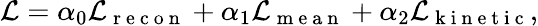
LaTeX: \mathcal{L}=\alpha_{0}\mathcal{L}_{\mathrm{~r~e~c~o~n~}}+\alpha_{1}\mathcal{L}_{\mathrm{~m~e~a~n~}}+\alpha_{2}\mathcal{L}_{\mathrm{~k~i~n~e~t~i~c~}},